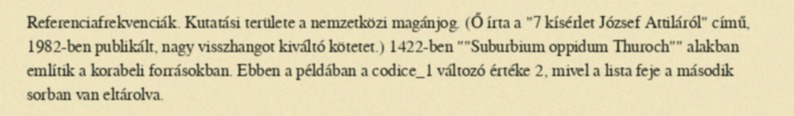
Referenciafrekvenciák. Kutatási területe a nemzetközi magánjog. (Ő írta a "7 kísérlet József Attiláról" című, 1982-ben publikált, nagy visszhangot kiváltó kötetet.) 1422-ben ""Suburbium oppidum Thuroch"" alakban említik a korabeli forrásokban. Ebben a példában a codice_1 változó értéke 2, mivel a lista feje a második sorban van eltárolva.